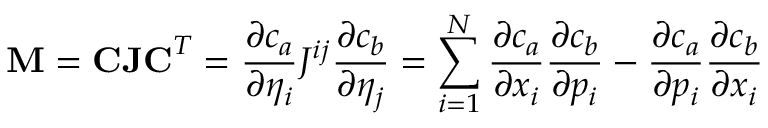
\mathbf { M } = \mathbf { C J C } ^ { T } = \frac { \partial c _ { a } } { \partial \eta _ { i } } J ^ { i j } \frac { \partial c _ { b } } { \partial \eta _ { j } } = \sum _ { i = 1 } ^ { N } \frac { \partial c _ { a } } { \partial x _ { i } } \frac { \partial c _ { b } } { \partial p _ { i } } - \frac { \partial c _ { a } } { \partial p _ { i } } \frac { \partial c _ { b } } { \partial x _ { i } }